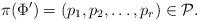
LaTeX: \begin{align*}\pi(\Phi')= (p_1,p_2,\dots, p_r) \in \mathcal{P}.\end{align*}